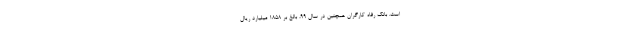
است. بانک رفاه کارگران همچنین در سال 99، بالغ بر 1858 میلیارد ریال